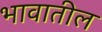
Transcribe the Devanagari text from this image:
भावातील